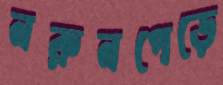
নরুনপেড়ে